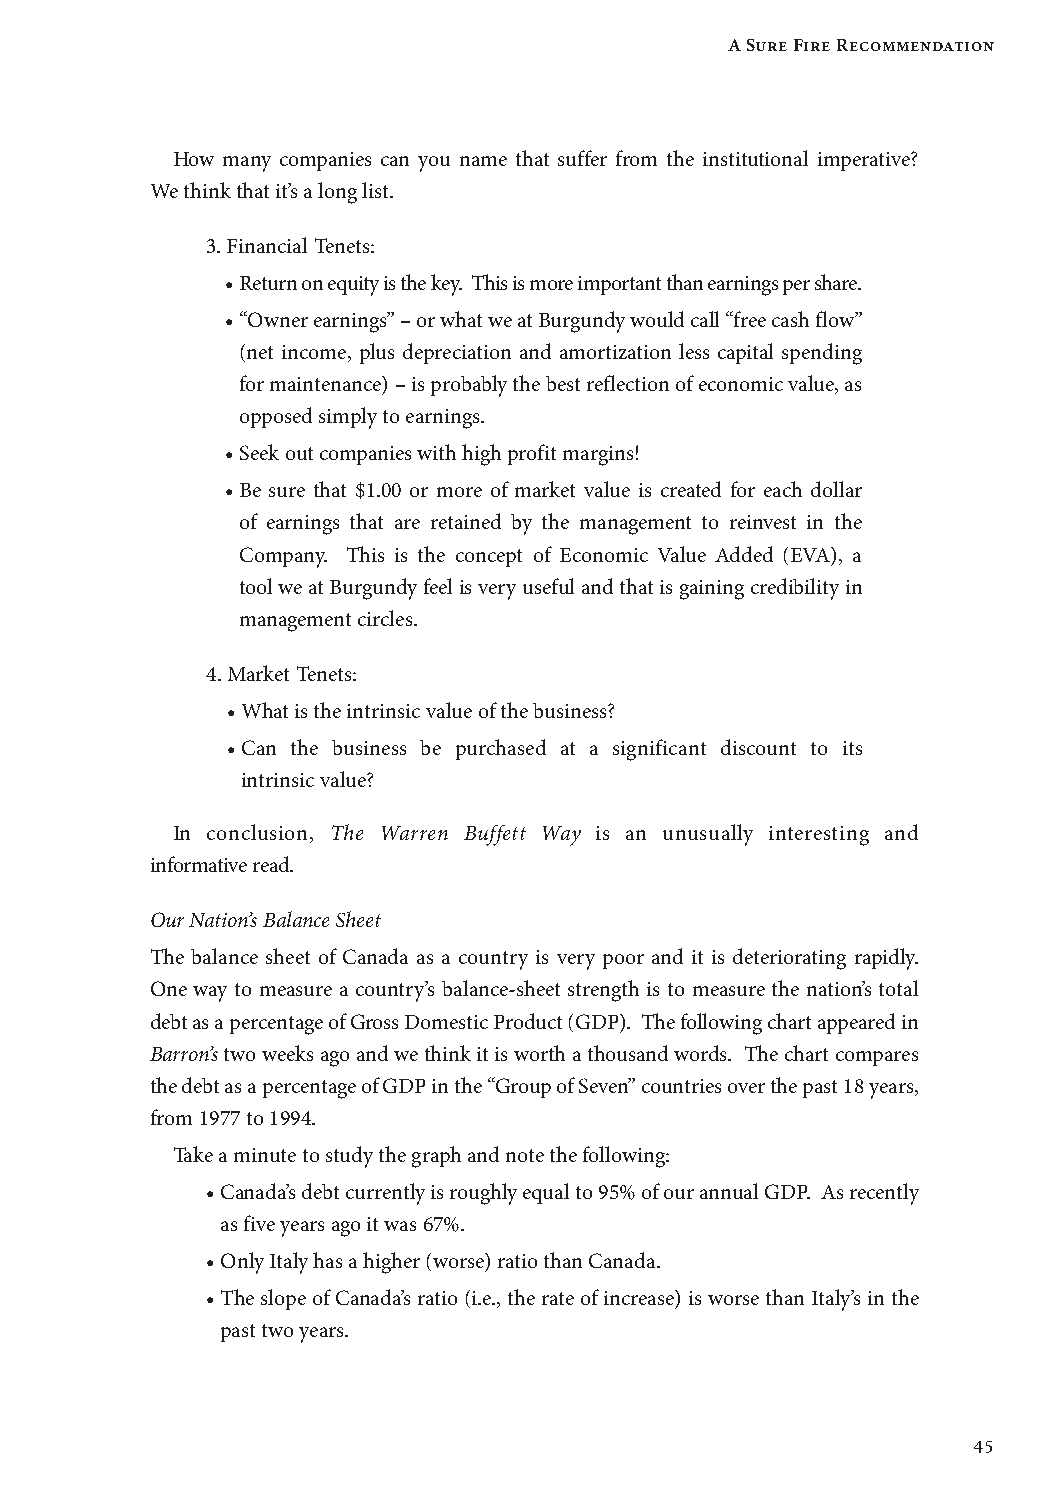
A Sure Fire Recommendation
 How many companies can you name that suffer from the institutional imperative?
 We think that it’s a long list.
 3. Financial Tenets:
 • Return on equity is the key. This is more important than earnings per share.
 • “Owner earnings” – or what we at Burgundy would call “free cash flow”
 (net income, plus depreciation and amortization less capital spending
 for maintenance) – is probably the best reflection of economic value, as
 opposed simply to earnings.
 • Seek out companies with high profit margins!
 • Be sure that $1.00 or more of market value is created for each dollar
 of earnings that are retained by the management to reinvest in the
 Company. This is the concept of Economic Value Added (EVA), a
 tool we at Burgundy feel is very useful and that is gaining credibility in
 management circles.
 4. Market Tenets:
 • What is the intrinsic value of the business?
 • Can the business be purchased at a significant discount to its
 intrinsic value?
 In conclusion, The Warren Buffett Way is an unusually interesting and
 informative read.
 Our Nation’s Balance Sheet
 The balance sheet of Canada as a country is very poor and it is deteriorating rapidly.
 One way to measure a country’s balance-sheet strength is to measure the nation’s total
 debt as a percentage of Gross Domestic Product (GDP). The following chart appeared in
 Barron’s two weeks ago and we think it is worth a thousand words. The chart compares
 the debt as a percentage of GDP in the “Group of Seven” countries over the past 18 years,
 from 1977 to 1994.
 Take a minute to study the graph and note the following:
 • Canada’s debt currently is roughly equal to 95% of our annual GDP. As recently
 as five years ago it was 67%.
 • Only Italy has a higher (worse) ratio than Canada.
 • The slope of Canada’s ratio (i.e., the rate of increase) is worse than Italy’s in the
 past two years.
 45